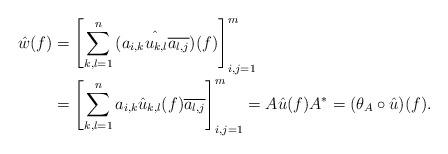
LaTeX: \begin{align*}\hat{w}(f) &=\left[\sum_{k,l=1}^n\hat{( a_{i,k} u_{k,l} \overline{a_{l,j}} )} (f) \right]_{i,j=1}^m\\&=\left[\sum_{k,l=1}^na_{i,k} \hat{u}_{k,l}(f) \overline{a_{l,j}}\right]_{i,j=1}^m=A \hat{u}(f) A^*=( \theta_A \circ \hat{u} ) (f). \end{align*}